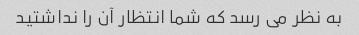
به نظر می رسد که شما انتظار آن را نداشتید